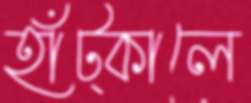
হাঁট্‌কালে